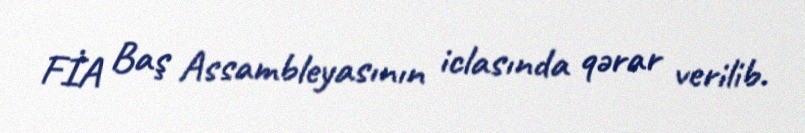
FİA Baş Assambleyasının iclasında qərar verilib.